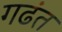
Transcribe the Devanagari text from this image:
गढंत